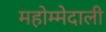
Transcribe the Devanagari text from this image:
महोम्मेदाली